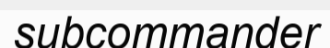
subcommander